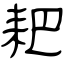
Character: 耙